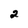
Character: 2